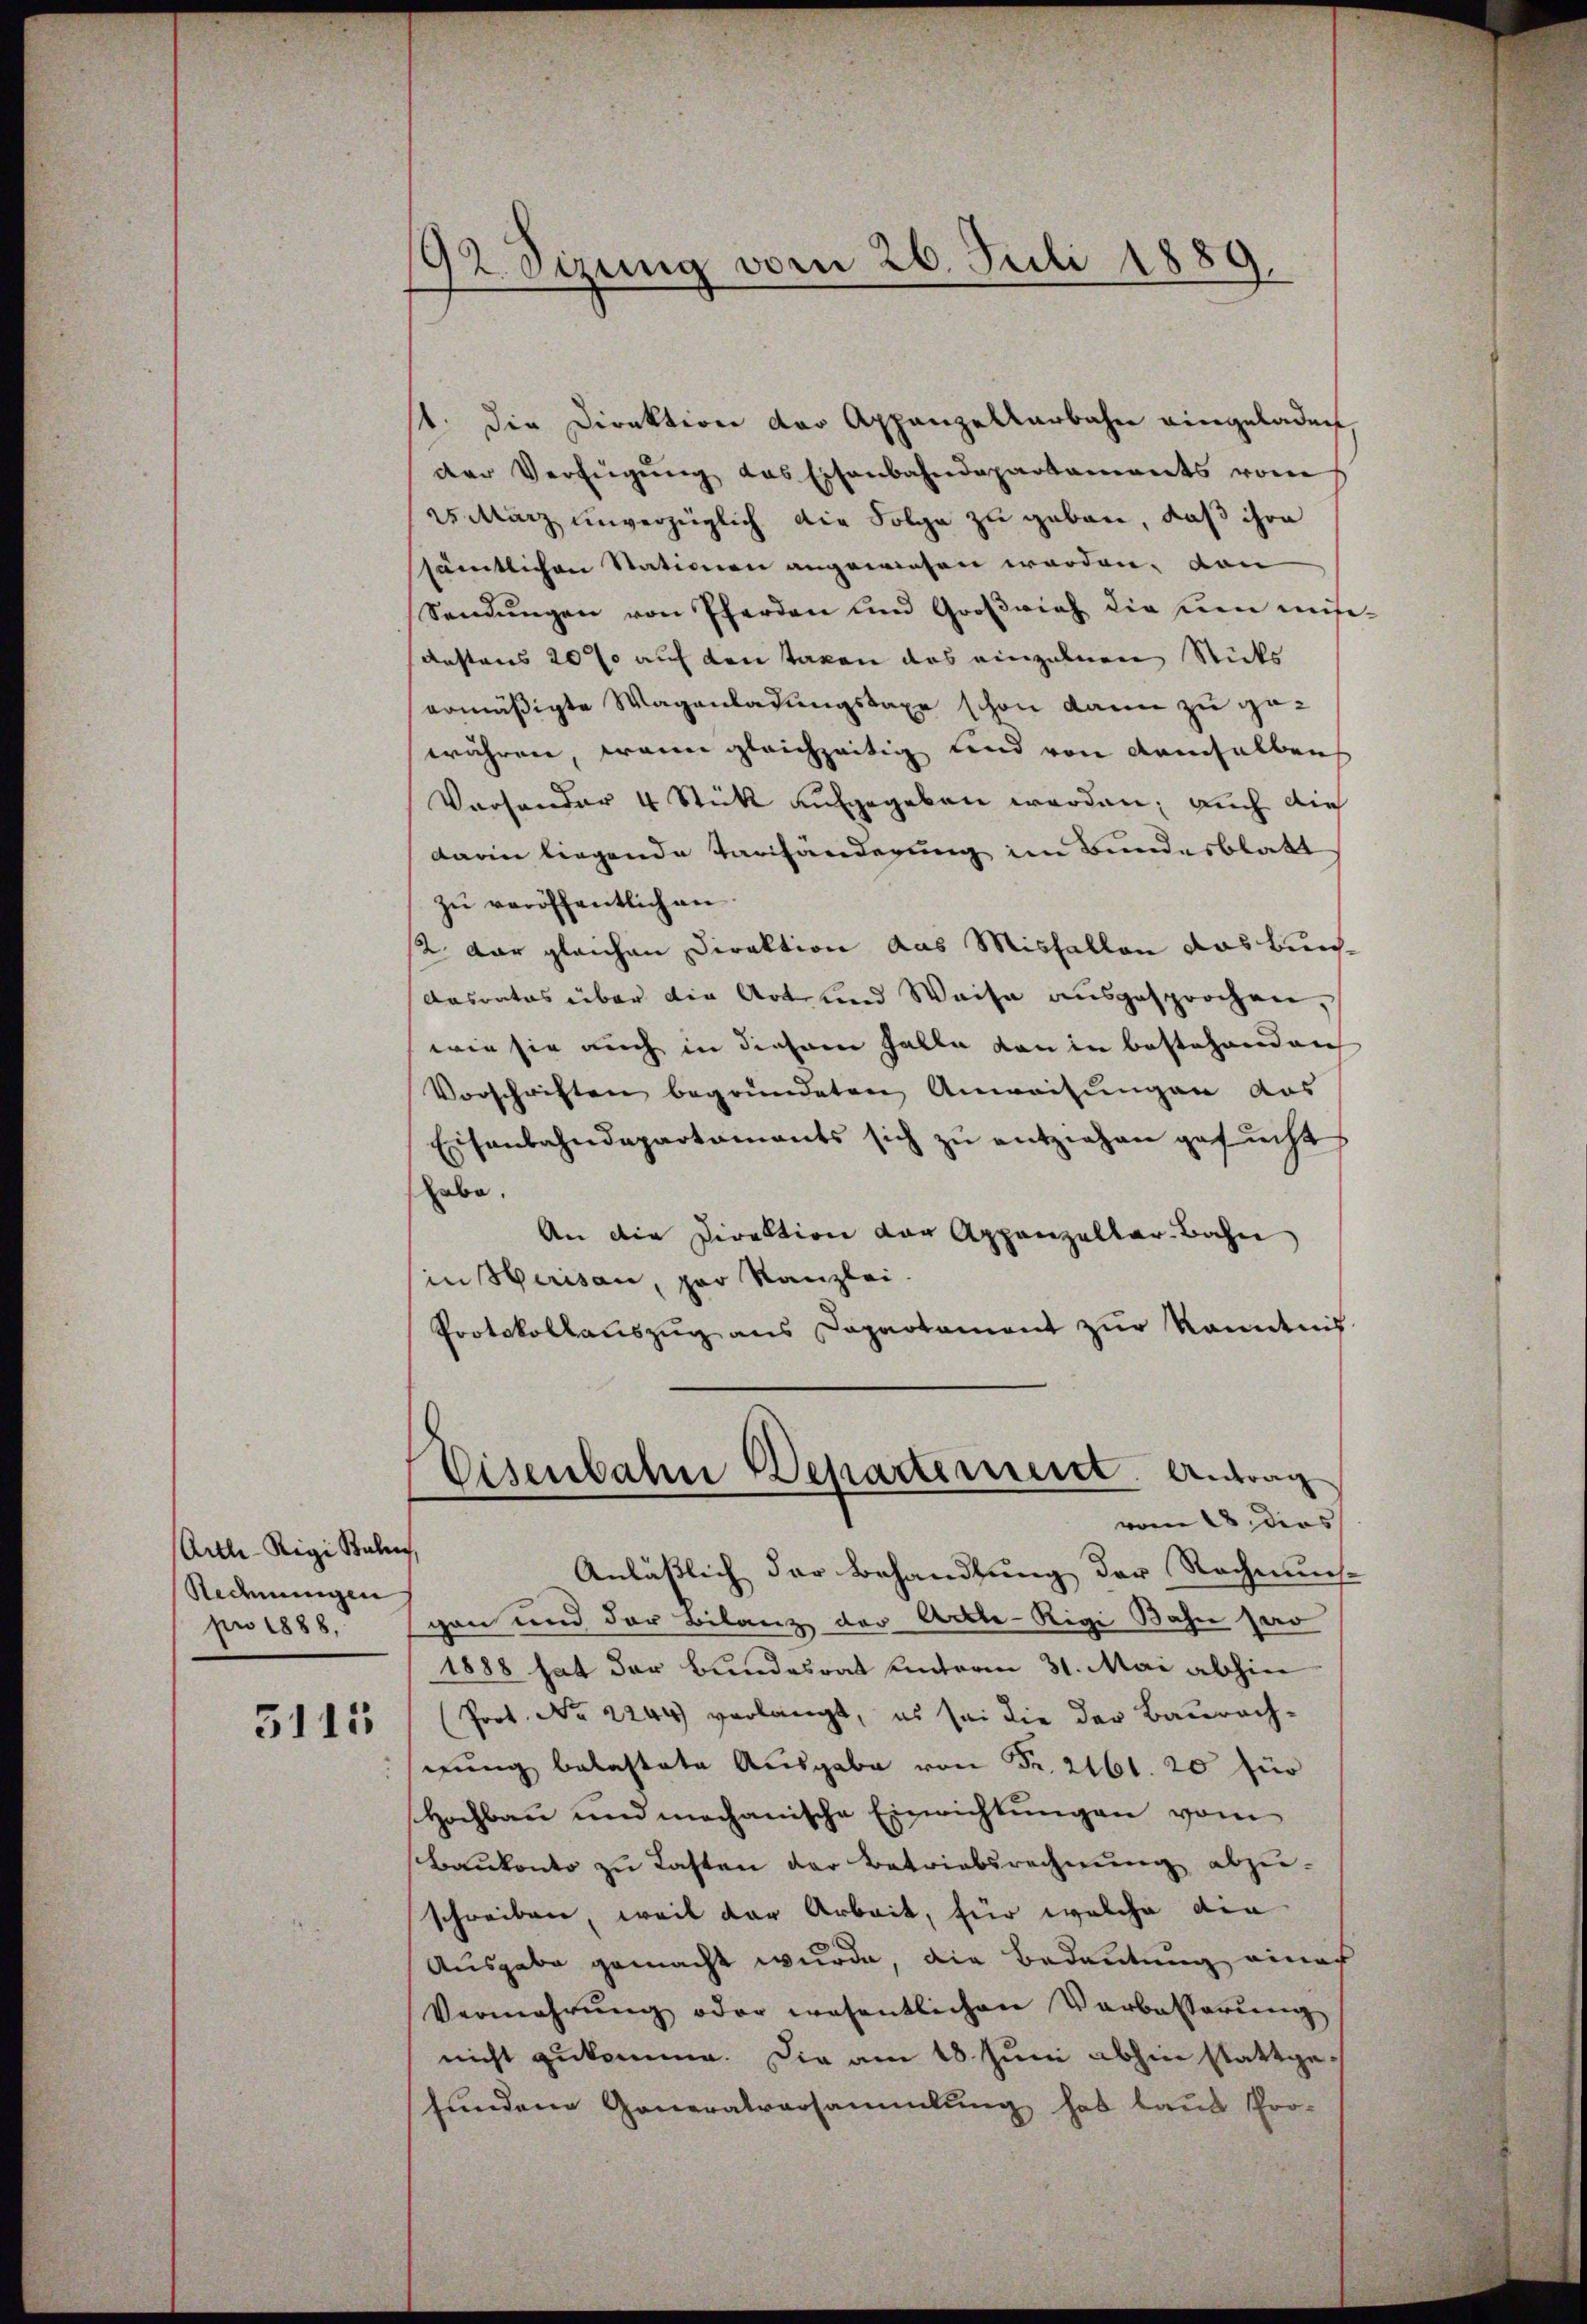
Arth-Rigi Bali
Redmungen
pro 1888,

5115

92 Sizung vom 26. Juli 1889.

11. die Direktion der Appenzellarbahn eingeladen
der Verfügŭng das Eisenbahndepartaments vom
25 März unverzüglich die Folge zu geben, daß ihre
ssämtlichen Stationen angewiesen worden, von
Sendungen von Pferden und Großvieh die neu mise¬
Kastens 20% auf den Taxen das einzelnen Sticks
ermäßigte Wagenladungstaxe schon dann zu gewähren wann gleichzeitig und von demselben
Versonder 4 Stück aufgegeben werden; auch die
darin liegende Tarifänderung im Bundesblatt
zu veröffentlich an
12 dar gleichen Direktion das Misfallen das Bun¬
Dasrates über die Art und Weise ausgesprochen,
wie sie auch in diesem Falle von in bestehenden
Vorschriften begründeten Anweisungen das
Eisenbahndepartaments sich zŭ entziehen gesucht
habe.
An die Direktion der Appenzellar-Bahn
in Herisau, par Kanzlei.
Protokollauszug aus Capartament zur Kenntnis

Eisenbahn Departement. Antrag
vom 18. ders

Anläßlich der Behandlung der Rechnun
gen und der Bilanz der Actte-Rigi Bahn sero
1888 hat der Bundesrat unterm 31. Mai abhin
Prot. No 2244) verlangt, es sei die der Baurach-
gung belastete Ausgabe von Fr. 2161. 20 für
Hochbau und mechanische Einrichtungen vom
Baukonto zu Lasten der Betriebsrechnung abzu-
schreiben, weil der Arbeit, für welche die
Ausgabe gemacht wurde, die Bedeutung eines
Vermehrŭng oder wesentlichen Verbesserŭng
nicht zukomme. Die am 18. Juni abhin stattgefundene Generalversammlung hat laut Pro-